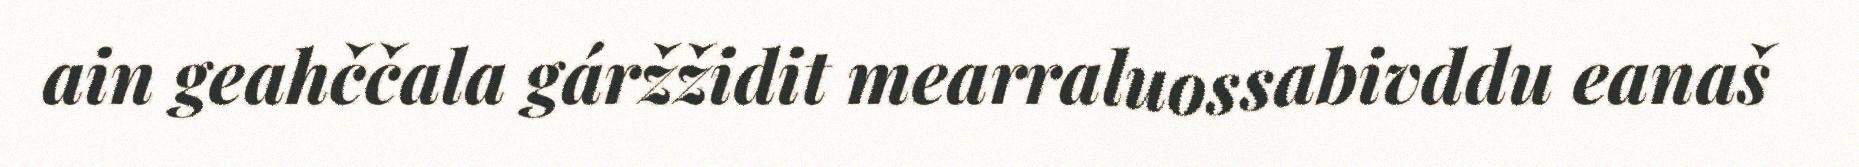
ain geahččala gáržžidit mearraluossabivddu eanaš